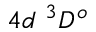
{ 4 d ~ ^ { 3 } D ^ { o } }